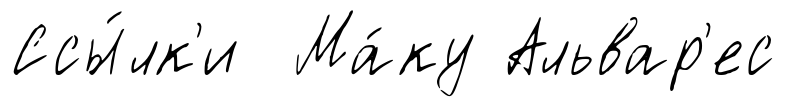
Ссы́лк'и Ма́ку Альвар'ес